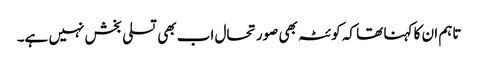
تاہم ان کا کہنا تھا کہ کوئٹہ بھی صورتحال اب بھی تسلی بخش نہیں ہے۔